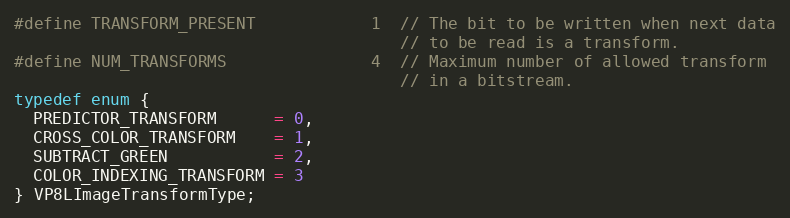
Language: C
#define TRANSFORM_PRESENT            1  // The bit to be written when next data
                                        // to be read is a transform.
#define NUM_TRANSFORMS               4  // Maximum number of allowed transform
                                        // in a bitstream.
typedef enum {
  PREDICTOR_TRANSFORM      = 0,
  CROSS_COLOR_TRANSFORM    = 1,
  SUBTRACT_GREEN           = 2,
  COLOR_INDEXING_TRANSFORM = 3
} VP8LImageTransformType;